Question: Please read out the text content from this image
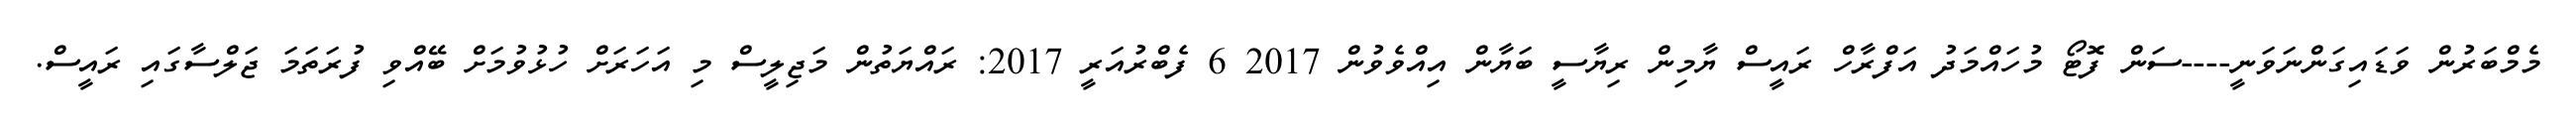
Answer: މެމްބަރުން ވަޑައިގަންނަވަނީ----ސަން ފޮޓޯ މުހައްމަދު އަފްރާހް ރައީސް ޔާމިން ރިޔާސީ ބަޔާން އިއްވެވުން 2017 6 ފެބްރުއަރީ 2017: ރައްޔަތުން މަޖިލީސް މި އަހަރަށް ހުޅުވުމަށް ބޭއްވި ފުރަތަމަ ޖަލްސާގައި ރައީސް.